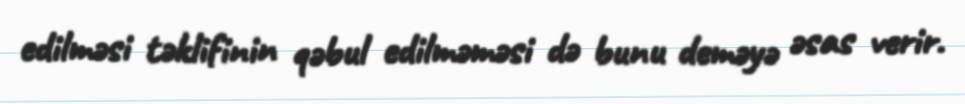
edilməsi təklifinin qəbul edilməməsi də bunu deməyə əsas verir.